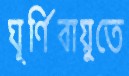
ঘূর্ণিবায়ুতে